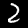
Label: 2